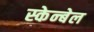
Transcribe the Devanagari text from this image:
स्केन्बेल